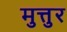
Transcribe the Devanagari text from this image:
मुत्तुर